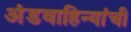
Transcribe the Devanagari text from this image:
अंडवाहिन्यांची